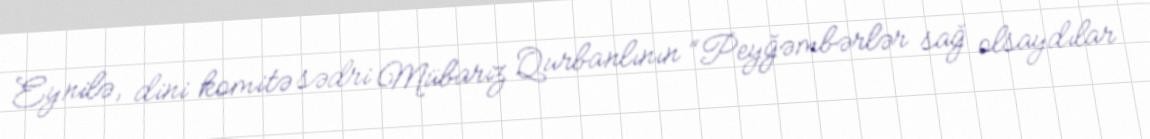
Eynilə, dini komitə sədri Mübariz Qurbanlının “Peyğəmbərlər sağ olsaydılar